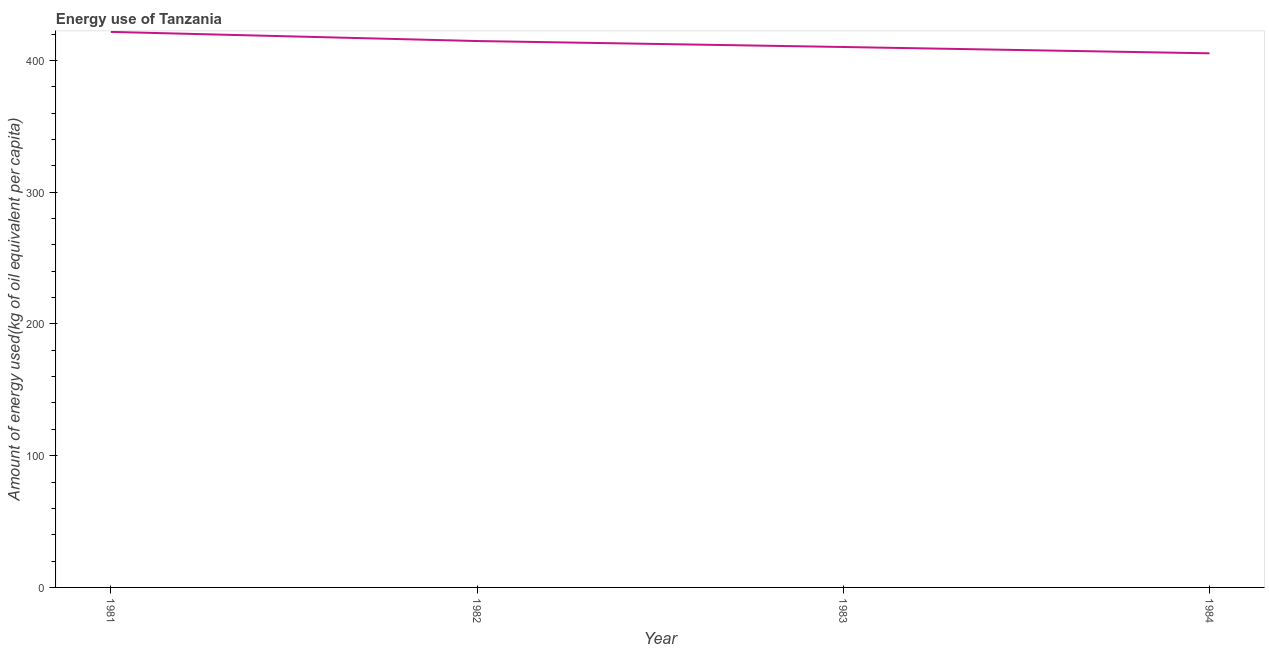
| Year | Energy use  |
 | --- | --- |
 | 1981 | 422 |
 | 1982 | 415 |
 | 1983 | 410 |
 | 1984 | 405 |